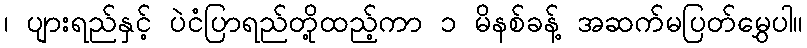
၊ ပျားရည်နှင့် ပဲငံပြာရည်တို့ထည့်ကာ ၁ မိနစ်ခန့် အဆက်မပြတ်မွှေပါ။